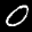
Label: 0